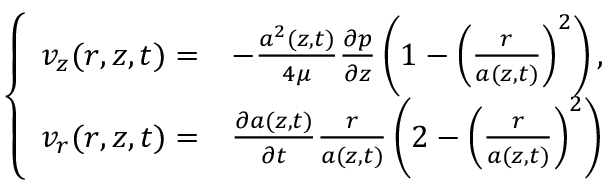
\left\{ \begin{array} { l l } { \displaystyle v _ { z } ( r , z , t ) = } & { - \frac { a ^ { 2 } ( z , t ) } { 4 \mu } \frac { \partial p } { \partial z } \left( 1 - \left( \frac { r } { a ( z , t ) } \right) ^ { 2 } \right) , } \\ { \displaystyle v _ { r } ( r , z , t ) = } & { \frac { \partial a ( z , t ) } { \partial t } \frac { r } { a ( z , t ) } \left( 2 - \left( \frac { r } { a ( z , t ) } \right) ^ { 2 } \right) } \end{array} \right.